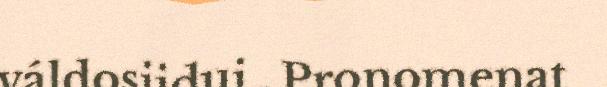
váldosiidui . Pronomenat